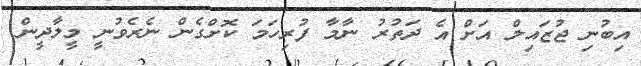
އިބުނި ޖުޒައިލް އަށް އެ ދަތުރު ނާމާ ފުރިހަމަ ކޮށްގެން ނެރެވުނީ މީލާދީން